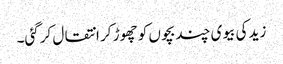
زید کی بیوی چند بچوں کو چھوڑ کر انتقال کرگئی۔